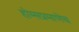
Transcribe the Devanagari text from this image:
होम्सप्रमाणेच